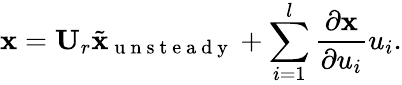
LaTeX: \mathbf{x}=\mathbf{U}_{r}\tilde{\mathbf{x}}_{\mathrm{~u~n~s~t~e~a~d~y~}}+\sum_{i=1}^{l}\frac{\partial\mathbf{x}}{\partial u_{i}}u_{i}.